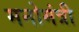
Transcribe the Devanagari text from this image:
मनोमंत्री